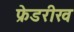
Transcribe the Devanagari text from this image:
फ्रेडरीख